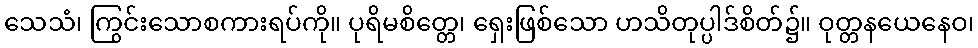
သေသံ၊ ကြွင်းသောစကားရပ်ကို။ ပုရိမစိတ္တေ၊ ရှေးဖြစ်သော ဟသိတုပ္ပါဒ်စိတ်၌။ ဝုတ္တနယေနေဝ၊